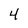
Character: 4